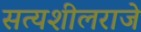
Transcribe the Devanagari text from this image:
सत्यशीलराजे